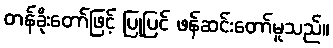
တန်ခိုးတော်ဖြင့် ပြုပြင် ဖန်ဆင်းတော်မူသည်။